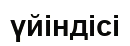
үйіндісі